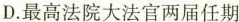
D.最高法院大法官两届任期